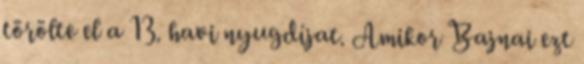
törölte el a 13. havi nyugdíjat. Amikor Bajnai ezt